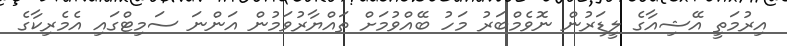
އިރުމަތީ އޭޝިއާގެ ލީޑަރުން ނޮވެމްބަރު މަހު ބޭއްވުމަށް ތައްޔާރުވަމުން އަންނަ ސަމިޓްގައި އެމެރިކާގެ